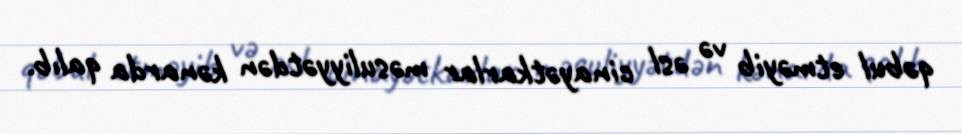
qəbul etməyib və əsl cinayətkarlar məsuliyyətdən kənarda qalıb.